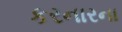
કરનારના